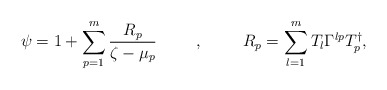
\begin{align*}\psi=1+\sum_{p=1}^m\frac{R_p}{\zeta-\mu_p}\hspace{1cm},\hspace{1cm}R_p=\sum_{l=1}^mT_l\Gamma^{lp}T^{\dag}_p,\end{align*}